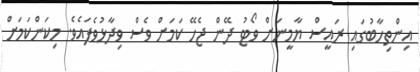
އިންތިހާބުގައި ރައީސް ޔާމީނަށް ވޯޓު ދޭން ޖެހޭ ކަމަށް ވެސް ވިދާޅުވެފައެވެ. މިކަންކަމަށް